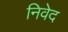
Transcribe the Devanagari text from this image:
निवेद